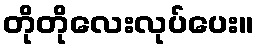
တိုတိုလေးလုပ်ပေး။